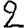
Digit: 2